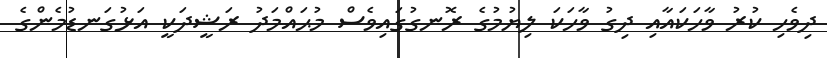
ދިވެހި ކުރު ވާހަކައާއި ދިގު ވާހަކަ ލިޔުމުގެ ރޮނގުގައިވެސް މުޙައްމަދު ރަޝީދަކީ އަޅުގަނޑުމެންގެ